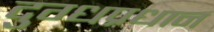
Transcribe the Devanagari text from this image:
दुग्धप्रधान